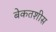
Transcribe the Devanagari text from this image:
बेकतशीस